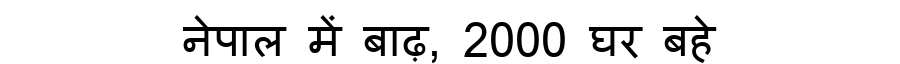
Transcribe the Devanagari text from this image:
नेपाल में बाढ़, 2000 घर बहे